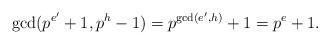
LaTeX: \begin{align*} \gcd(p^{e'}+1,p^h-1)=p^{\gcd(e',h)}+1=p^e+1. \end{align*}